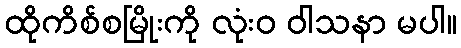
ထိုကိစ်စမြိုးကို လုံးဝ ဝါသနာ မပါ။